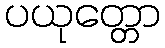
ပယုတ္တော